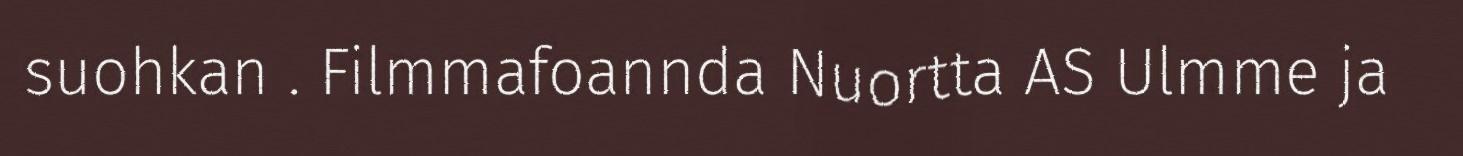
suohkan . Filmmafoannda Nuortta AS Ulmme ja